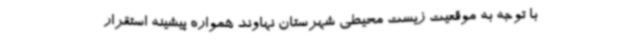
با توجه به موقعیت زیست محیطی شهرستان نهاوند همواره پیشینه استقرار